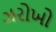
ઝરોખો